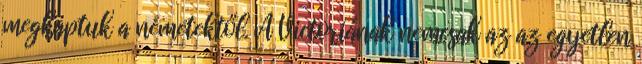
megkaptuk a németektől. A Victoriának nemcsak az az egyetlen